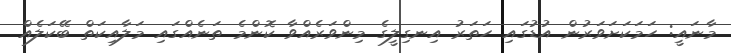
މާނައީ: ހަމަކަށަވަރުން އުޑުގައި ހަތަރު އިނގިލީގެ މިންވަރެއްވާ ކޮންމެ ތަނެއްގައި މަލާއިކަތް ބޭކަލެއް